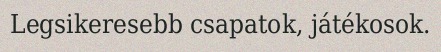
Legsikeresebb csapatok, játékosok.